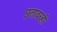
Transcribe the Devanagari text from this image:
छतावरही